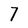
Character: 7